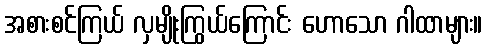
အစားစင်ကြယ် လှမျိုးကြွယ်ကြောင်း ဟောသော ဂါထာများ။